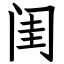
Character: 闺